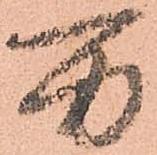
万